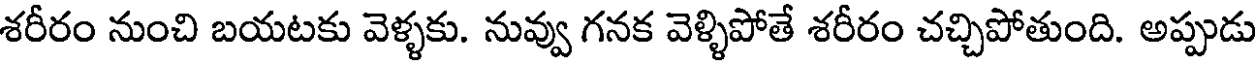
శరీరం నుంచి బయటకు వెళ్ళకు. నువ్వు గనక వెళ్ళిపోతే శరీరం చచ్చిపోతుంది. అప్పుడు